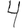
Digit: 4